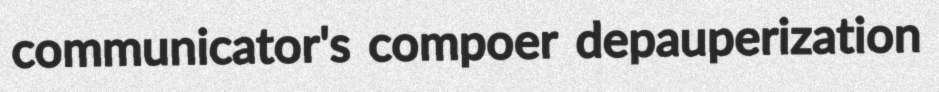
communicator's compoer depauperization